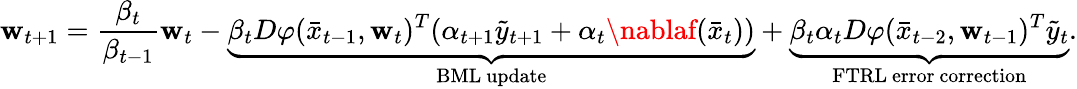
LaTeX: \mathbf{w}_{t+1}=\frac{{\beta_{t}}}{{\beta_{t-1}}}\mathbf{w}_{t}-\underbrace{{\beta_{t}D\varphi(\bar{{x}}_{t-1},\mathbf{w}_{t})^{T}(\alpha_{t+1}\tilde{{y}}_{t+1}+\alpha_{t}\nablaf(\bar{{x}}_{t}))}}_{\mathrm{{BML~update}}}+\underbrace{{\beta_{t}\alpha_{t}D\varphi(\bar{{x}}_{t-2},\mathbf{w}_{t-1})^{T}\tilde{{y}}_{t}}}_{\mathrm{{FTRL~error~correction}}}.